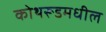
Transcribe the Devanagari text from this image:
कोथरूडमधील